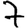
Digit: 7